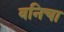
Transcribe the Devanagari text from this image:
वनिचा